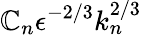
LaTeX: \mathbb{C}_{n}\epsilon^{-2/3}k_{n}^{2/3}